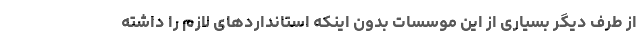
از طرف دیگر بسیاری از این موسسات بدون اینکه استانداردهای لازم را داشته